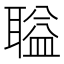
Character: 𫆌